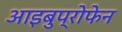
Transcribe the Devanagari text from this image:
आइबुप्रोफेन